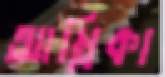
আম্লিকা